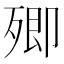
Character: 𣩃